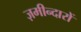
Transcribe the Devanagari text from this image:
ज़मीन्दारों